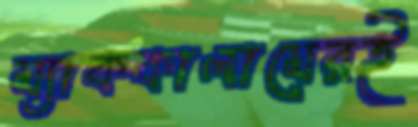
ম্যাককালামেরই